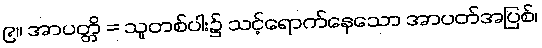
၉။ အာပတ္တိ = သူတစ်ပါး၌ သင့်ရောက်နေသော အာပတ်အပြစ်၊